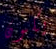
يكون